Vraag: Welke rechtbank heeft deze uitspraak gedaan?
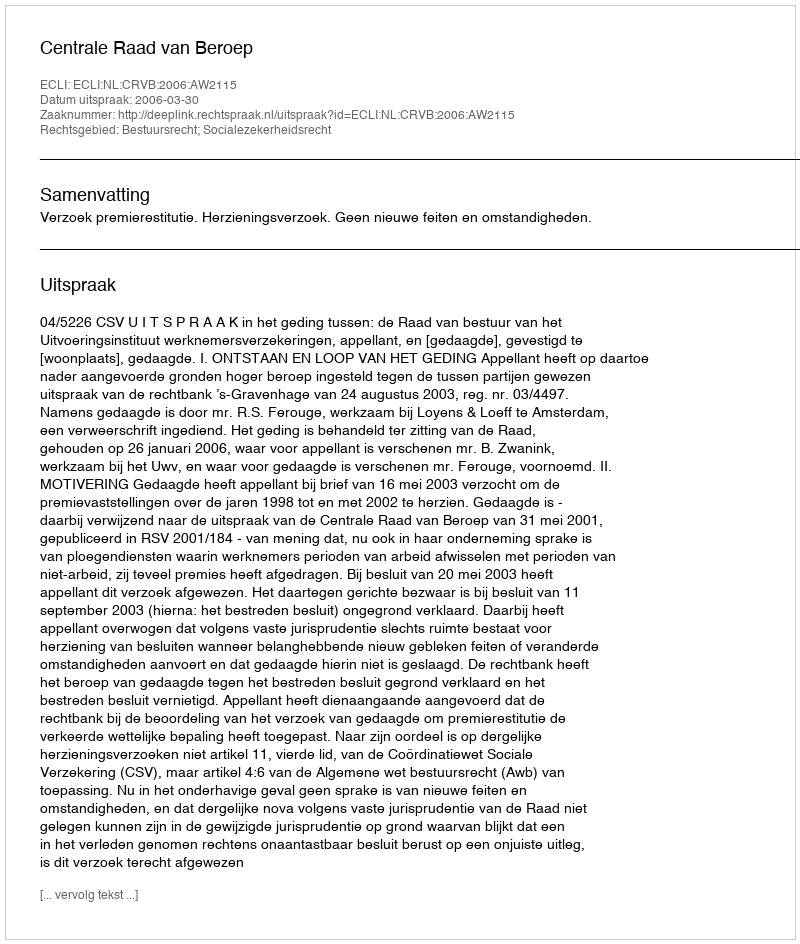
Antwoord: Centrale Raad van Beroep